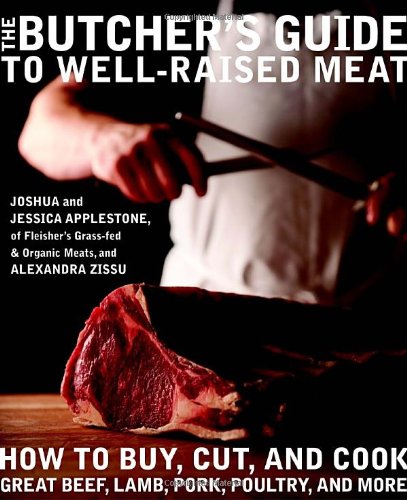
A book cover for The Butcher's Guide toÂ Well-RaisedÂ Meat: How to Buy, Cut, and Cook Great Beef, Lamb, Pork, Poultry, and More; Joshua Applestone; Cookbooks, Food & Wine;